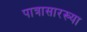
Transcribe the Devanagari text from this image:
पात्रासारख्या